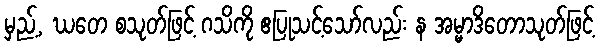
မှည့်, ဃတေ စသုတ်ဖြင့် ဂသိကို ဧပြုသင့်သော်လည်း န အမ္မာဒိတောသုတ်ဖြင့်